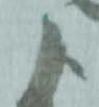
よ